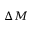
\Delta M